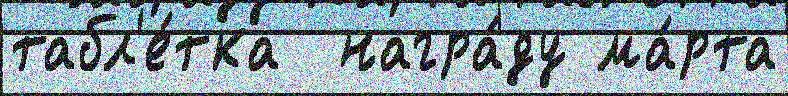
табл'е́тка  награ́ду ма́рта